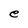
Character: e